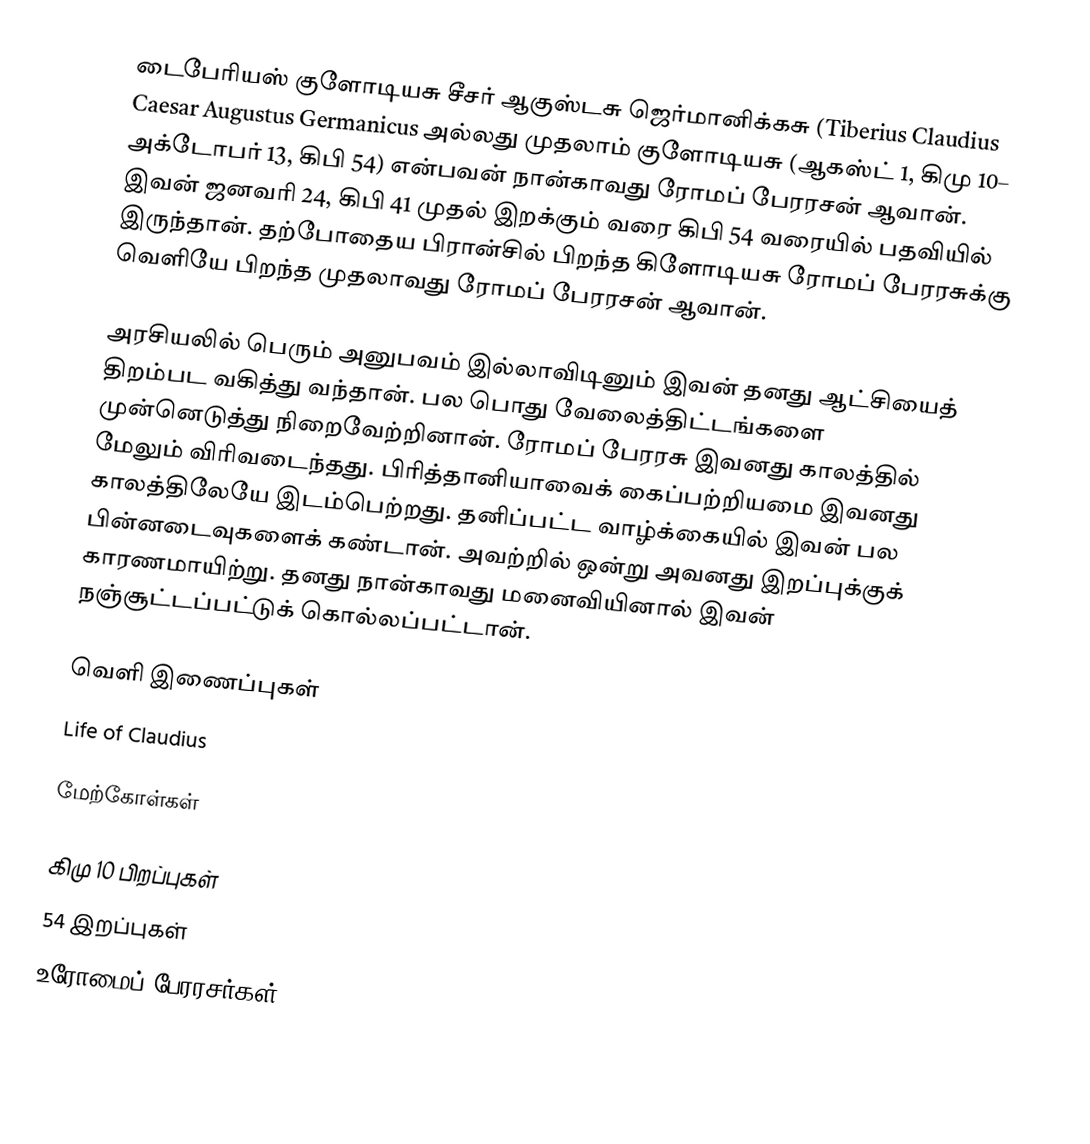
டைபேரியஸ் குளோடியசு சீசர் ஆகுஸ்டசு ஜெர்மானிக்கசு (Tiberius Claudius Caesar Augustus Germanicus அல்லது முதலாம் குளோடியசு (ஆகஸ்ட் 1, கிமு 10– அக்டோபர் 13, கிபி 54) என்பவன் நான்காவது ரோமப் பேரரசன் ஆவான். இவன் ஜனவரி 24, கிபி 41 முதல் இறக்கும் வரை கிபி 54 வரையில் பதவியில் இருந்தான். தற்போதைய பிரான்சில் பிறந்த கிளோடியசு ரோமப் பேரரசுக்கு வெளியே பிறந்த முதலாவது ரோமப் பேரரசன் ஆவான்.

அரசியலில் பெரும் அனுபவம் இல்லாவிடினும் இவன் தனது ஆட்சியைத் திறம்பட வகித்து வந்தான். பல பொது வேலைத்திட்டங்களை முன்னெடுத்து நிறைவேற்றினான். ரோமப் பேரரசு இவனது காலத்தில் மேலும் விரிவடைந்தது. பிரித்தானியாவைக் கைப்பற்றியமை இவனது காலத்திலேயே இடம்பெற்றது. தனிப்பட்ட வாழ்க்கையில் இவன் பல பின்னடைவுகளைக் கண்டான். அவற்றில் ஒன்று அவனது இறப்புக்குக் காரணமாயிற்று. தனது நான்காவது மனைவியினால் இவன் நஞ்சூட்டப்பட்டுக் கொல்லப்பட்டான்.

வெளி இணைப்புகள்
 Life of Claudius

மேற்கோள்கள்

கிமு 10 பிறப்புகள்
54 இறப்புகள்
உரோமைப் பேரரசர்கள்